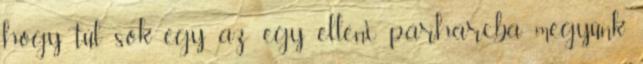
hogy túl sok egy az egy elleni párharcba megyünk